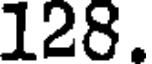
128.